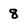
Character: 8